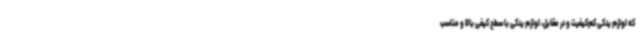
که لوازم یدکی کم‌کیفیت و در مقابل، لوازم یدکی با سطح کیفی بالا و مناسب